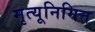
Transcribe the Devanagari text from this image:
मृत्यूनिमित्त